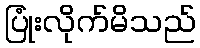
ပြုံးလိုက်မိသည်